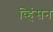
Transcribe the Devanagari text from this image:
व्हिंसन